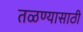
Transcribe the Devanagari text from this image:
तळण्यासाठी